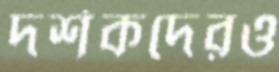
দর্শকদেরও